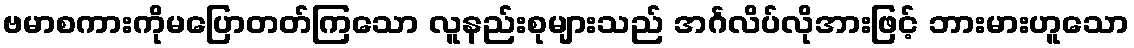
ဗမာစကားကိုမပြောတတ်ကြသော လူနည်းစုများသည် အင်္ဂလိပ်လိုအားဖြင့် ဘားမားဟူသော